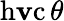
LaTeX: \operatorname{h\mathbf{v}c}\theta